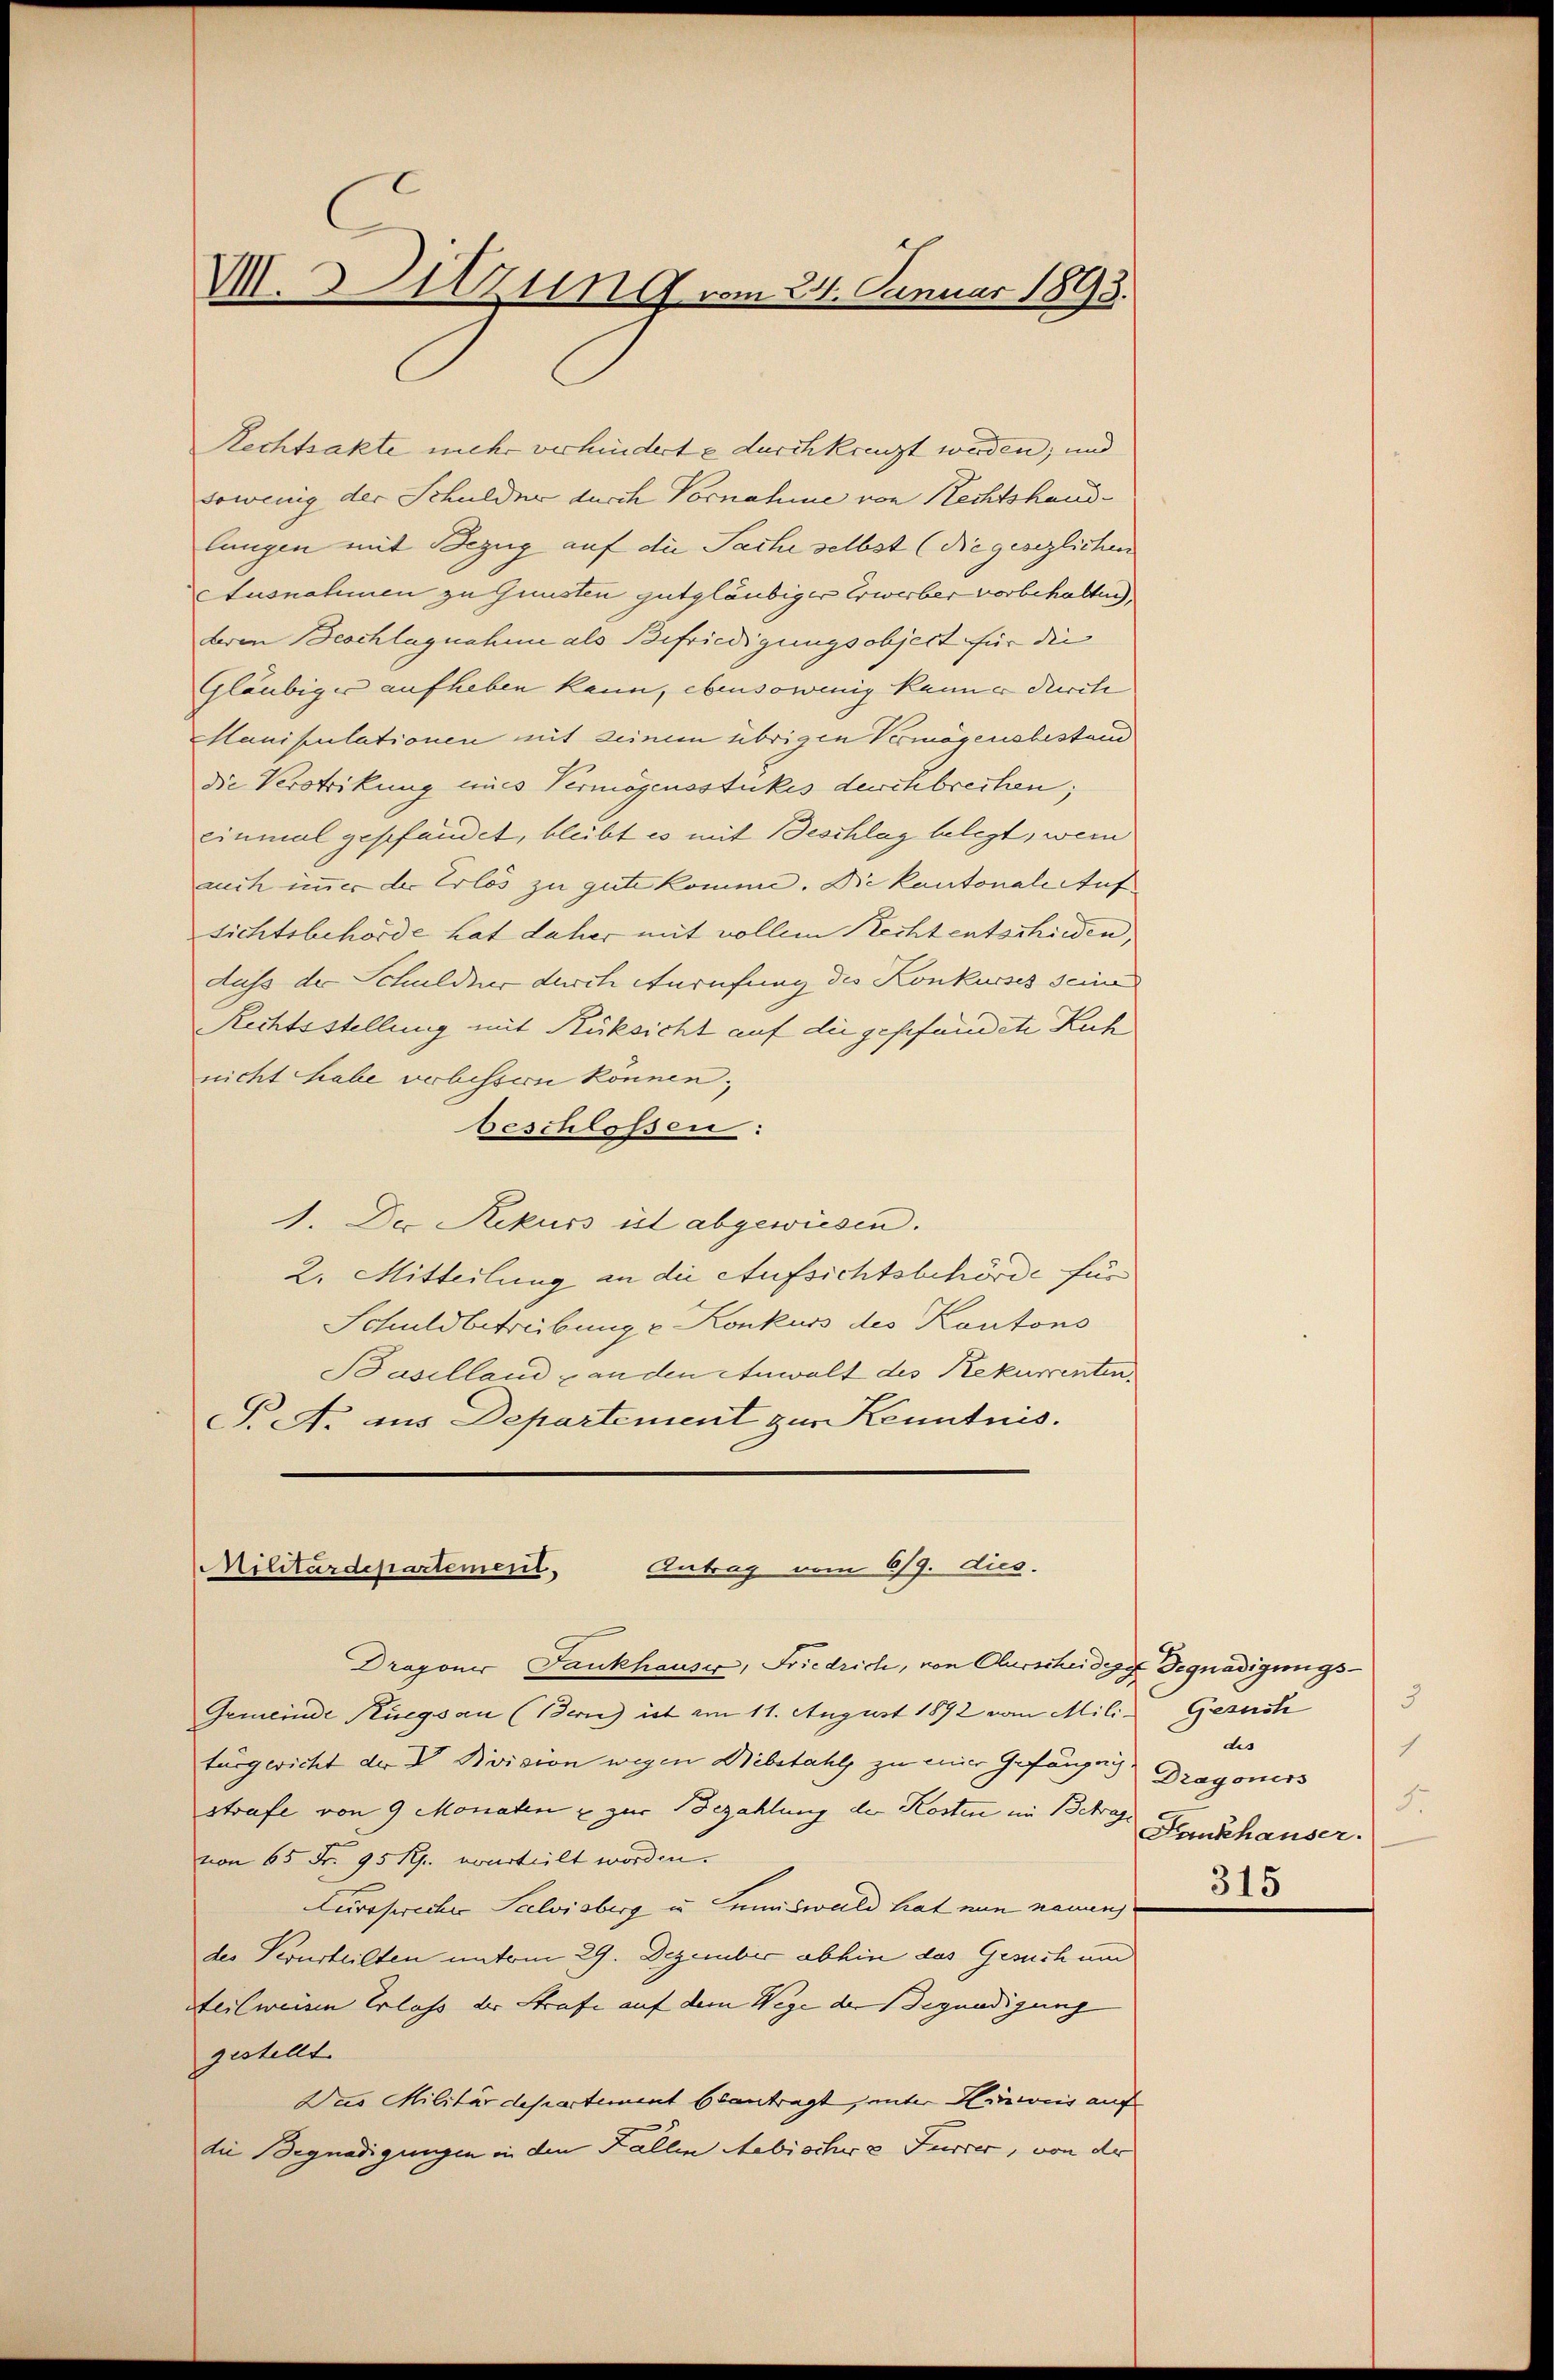
V. Sitzung vom 21. Januar 1893.

Rechtsakte mehr verhinderte durchkreuzt werden; und
sowenig der Schuldner durch Vornahme von Rechtshandlungen mit Bezug auf die Sache selbst (die gesezlichen
Ausnahmen zu Gunsten gutgläubiger Erwerber vorbehalten.
deren Beschlagnahme als Befriedigungsobject für die
Gläubiger aufheben kann, ebensowenig kann er durch
Manipulationen mit seinem übrigen Vermögensbestand
Die Verstrikung eines Vermögensstückes durchbrechen;
einmal geschandet, bleibt es mit Beschlag belegt, wenn
auch immer der Erlös zu gute komme. Die kantonale Aufsichtsbehörde hat daher mit vollem Recht entschieden,
Auss der Schuldner durch Anrufung des Konkurses seines
Rechtsstellung mit Rüksicht auf die geschendete Kuh
nicht habe verbessern können;
beschlossen:
1. Der Rekurs ist abgewiesen.
2. Mitteilung an die Aufsichtsbehörde für
Schuldbetreibung v. Konkurs des Kantons
Baselland & an den Anwalt des Rekurrenten.
T. A. aus Departement zur Kenntnis.

Militärdepartement.
Antrag vom 6/9. dies.

Dragoner Fankhauser, Friedrich, von Ausscheidige Begnadigungs¬
Gemeinde Küegsan (Bern) ist am 11. August 1892 vom Mili-Gesuch
turgericht der V. Division wegen Diebstahls zu einer Gefängen
strafe von 9 Monaten & zur Bezahlung der Kosten im Betrage
von 65 Fr. 95 Rp. vourteilt worden.
Fürsprecher Salvisberg u. Lumiswald hat nun neuen
des Verurteilten unterm 29. Dezember abhin das Gesuch und
steilweisen Erlass der Strafe auf dem Wege der Begnadigung
gestellt
Das Militärdepartement beantragt, unter Hinweis auf
die Begnadigungen in den Fallen Hebischere Furrer, von der

5
des
1
Dragoners
5.
Fankhauser.
315